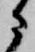
に